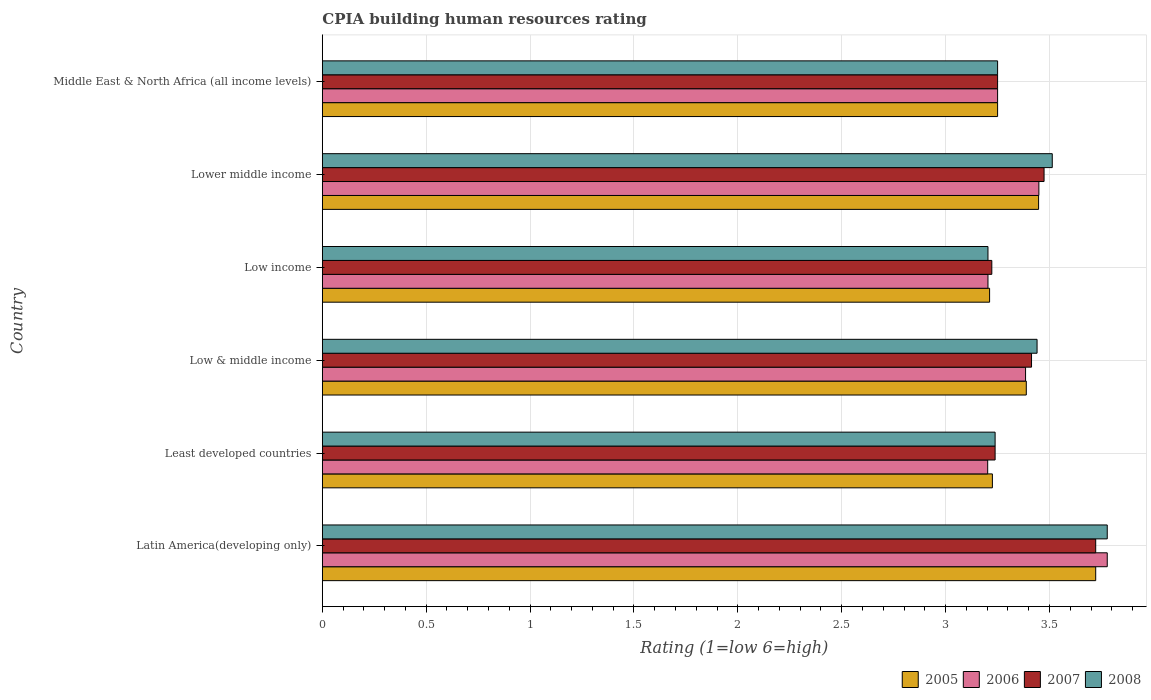
| Country | 2005 | 2006 | 2007 | 2008 |
 | --- | --- | --- | --- | --- |
 | Latin America(developing only) | 3.72 | 3.78 | 3.72 | 3.78 |
 | Least developed countries | 3.23 | 3.2 | 3.24 | 3.24 |
 | Low & middle income | 3.39 | 3.38 | 3.41 | 3.44 |
 | Low income | 3.21 | 3.2 | 3.22 | 3.2 |
 | Lower middle income | 3.45 | 3.45 | 3.47 | 3.51 |
 | Middle East & North Africa (all income levels) | 3.25 | 3.25 | 3.25 | 3.25 |